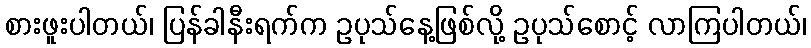
စားဖူးပါတယ်၊ ပြန်ခါနီးရက်က ဥပုသ်နေ့ဖြစ်လို့ ဥပုသ်စောင့် လာကြပါတယ်၊